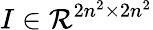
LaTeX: I\in\mathcal{R}^{2n^{2}\times 2n^{2}}